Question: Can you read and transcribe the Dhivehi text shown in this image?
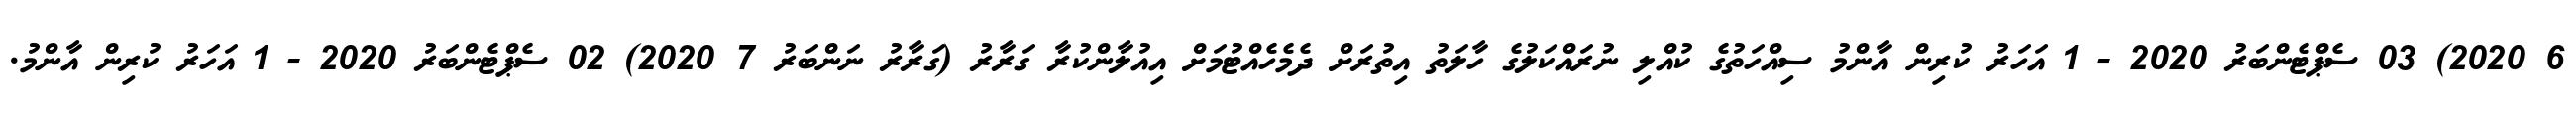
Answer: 6 2020) 03 ސެޕްޓެންބަރު 2020 - 1 އަހަރު ކުރިން އާންމު ސިއްހަތުގެ ކުއްލި ނުރައްކަލުގެ ހާލަތު އިތުރަށް ދެމެހެއްޓުމަށް އިއުލާންކުރާ ގަރާރު (ގަރާރު ނަންބަރު 7 2020) 02 ސެޕްޓެންބަރު 2020 - 1 އަހަރު ކުރިން އާންމު.